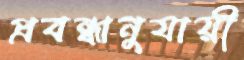
প্রবন্ধানুযায়ী